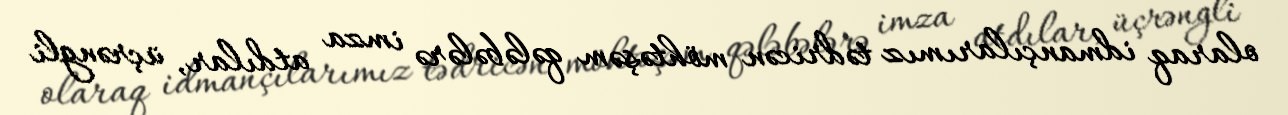
olaraq idmançılarımız tədricən möhtəşəm qələbələrə imza atdılar, üçrəngli